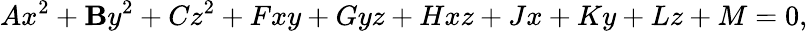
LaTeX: Ax^{2}+\mathbf{B}y^{2}+Cz^{2}+Fxy+Gyz+Hxz+Jx+Ky+Lz+M=0,